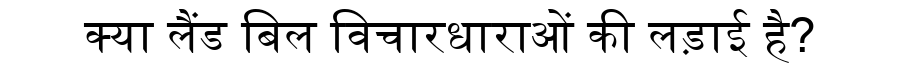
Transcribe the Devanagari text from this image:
क्या लैंड बिल विचारधाराओं की लड़ाई है?